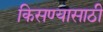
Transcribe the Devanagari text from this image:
किसण्यासाठी